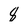
Character: 8